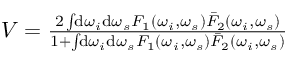
\begin{array} { r } { V = \frac { 2 \int \! \! \mathrm { d } \omega _ { i } \mathrm { d } \omega _ { s } F _ { 1 } ( \omega _ { i } , \omega _ { s } ) \bar { F } _ { 2 } ( \omega _ { i } , \omega _ { s } ) } { 1 + \int \! \! \mathrm { d } \omega _ { i } \mathrm { d } \omega _ { s } F _ { 1 } ( \omega _ { i } , \omega _ { s } ) \bar { F } _ { 2 } ( \omega _ { i } , \omega _ { s } ) } } \end{array}